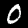
Digit: 0